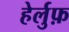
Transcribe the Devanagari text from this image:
हेर्लुफ़